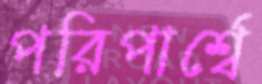
পরিপার্শ্বে